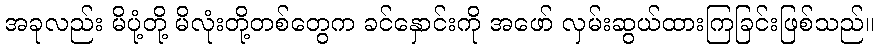
အခုလည်း မိပုံ့တို့ မိလုံးတို့တစ်တွေက ခင်နှောင်းကို အဖော် လှမ်းဆွယ်ထားကြခြင်းဖြစ်သည်။